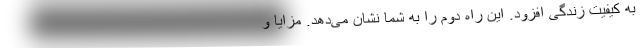
به کیفیت زندگی افزود. این راه دوم را به شما نشان می‌دهد. مزایا و